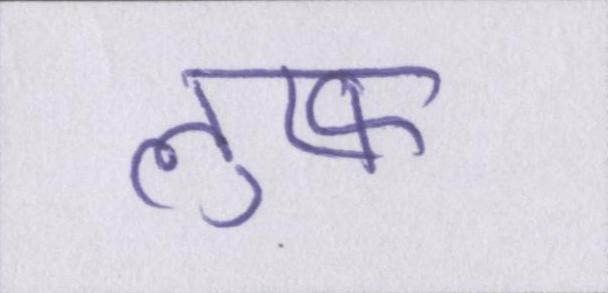
लुत्फ